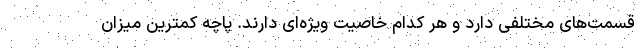
قسمت‌های مختلفی دارد و هر کدام خاصیت ویژه‌ای دارند. پاچه کمترین میزان